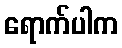
ရောက်ပါက